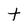
Character: t